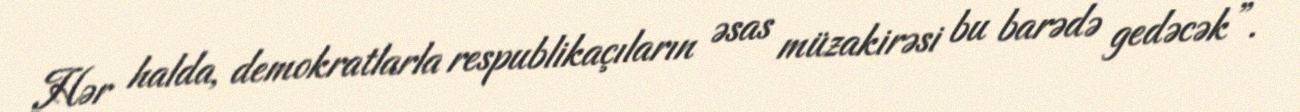
Hər halda, demokratlarla respublikaçıların əsas müzakirəsi bu barədə gedəcək”.